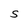
Character: S